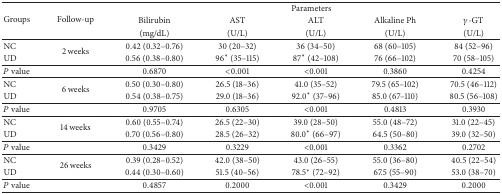
<table><thead><tr><td rowspan="3"><b>Groups</b></td><td rowspan="3"><b>Follow-up</b></td><td colspan="5"><b>Parameters</b></td></tr><tr><td><b>Bilirubin</b></td><td><b>AST</b></td><td><b>ALT</b></td><td><b>Alkaline Ph </b></td><td><b><i>γ</i>-GT</b></td></tr><tr><td><b>(mg/dL)</b></td><td><b>(U/L)</b></td><td><b>(U/L)</b></td><td><b>(U/L)</b></td><td><b>(U/L)</b></td></tr></thead><tbody><tr><td>NC</td><td rowspan="2">2 weeks</td><td>0.42 (0.32–0.76)</td><td>30 (20–32)</td><td>36 (34–50)</td><td>68 (60–105)</td><td>84 (52–96)</td></tr><tr><td>UD</td><td>0.56 (0.38–0.80)</td><td>96<sup>*</sup> (35–115)</td><td>87<sup>*</sup> (42–108)</td><td>76 (66–102)</td><td>70 (58–105)</td></tr><tr><td><i>P</i> value</td><td> </td><td>0.6870</td><td>&lt;0.001</td><td>&lt;0.001</td><td>0.3860</td><td>0.4254</td></tr><tr><td>NC</td><td rowspan="2">6 weeks</td><td>0.50 (0.30–0.80)</td><td>26.5 (18–36)</td><td>41.0 (35–52)</td><td>79.5 (65–102)</td><td>70.5 (46–112)</td></tr><tr><td>UD</td><td>0.54 (0.38–0.75)</td><td>29.0 (18–36)</td><td>92.0<sup>*</sup> (37–96)</td><td>85.0 (67–110)</td><td>80.5 (56–108)</td></tr><tr><td><i>P</i> value</td><td> </td><td>0.9705</td><td>0.6305</td><td>&lt;0.001</td><td>0.4813</td><td>0.3930</td></tr><tr><td>NC</td><td rowspan="2">14 weeks</td><td>0.60 (0.55–0.74)</td><td>26.5 (22–30)</td><td>39.0 (28–50)</td><td>55.0 (48–72)</td><td>31.0 (22–45)</td></tr><tr><td>UD</td><td>0.70 (0.56–0.80)</td><td>28.5 (26–32)</td><td>80.0<sup>*</sup> (66–97)</td><td>64.5 (50–80)</td><td>39.0 (32–50)</td></tr><tr><td><i>P</i> value</td><td> </td><td>0.3429</td><td>0.3229</td><td>&lt;0.001</td><td>0.3362</td><td>0.2702</td></tr><tr><td>NC</td><td rowspan="2">26 weeks</td><td>0.39 (0.28–0.52)</td><td>42.0 (38–50)</td><td>43.0 (26–55)</td><td>55.0 (36–80)</td><td>40.5 (22–54)</td></tr><tr><td>UD</td><td>0.44 (0.30–0.60)</td><td>51.5 (40–56)</td><td>78.5<sup>*</sup> (72–92)</td><td>67.5 (55–90)</td><td>53.0 (38–70)</td></tr><tr><td><i>P</i> value</td><td> </td><td>0.4857</td><td>0.2000</td><td>&lt;0.001</td><td>0.3429</td><td>0.2000</td></tr></tbody></table>